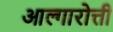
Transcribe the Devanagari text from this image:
आल्गारोत्ती